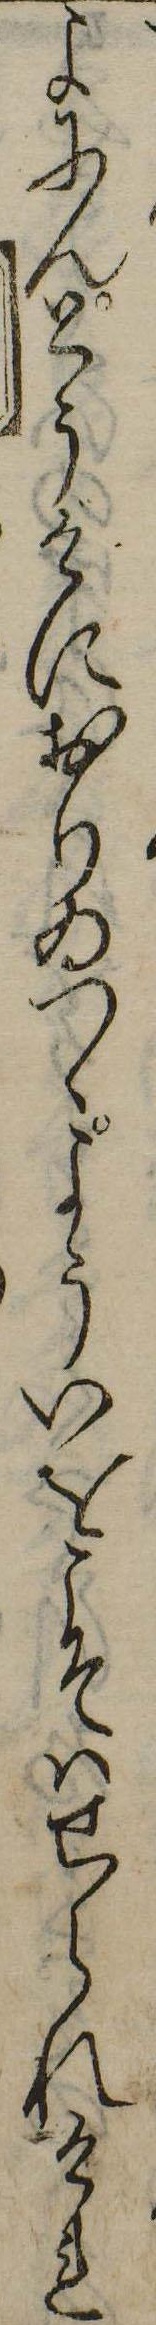
よにんとうけにおりゐつゝよういをこそはせられけれ